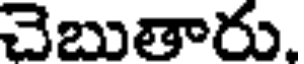
చెబుతారు.